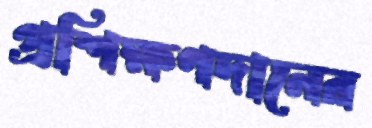
প্রশিক্ষণদানের